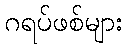
ဂရပ်ဖစ်များ